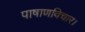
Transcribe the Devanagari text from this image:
पाषाणविचार।